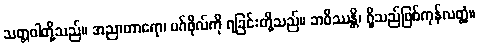
သတ္တဝါတို့သည်။ အညာတာရော၊ မဂ်ဖိုလ်ကို ရခြင်းတို့သည်။ ဘဝိဿန္တိ၊ ရှိသည်ဖြစ်ကုန်လတ္တံ့။